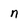
Character: n